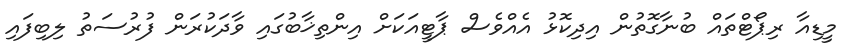
މީޑިއާ ރިޕޯޓްތައް ބުނާގޮތުން އިދިކޮޅު އެއްވެސް ޕާޓީއަކަށް އިންތިޚާބުގައި ވާދަކުރަން ފުރުސަތު ލިބިފައި